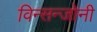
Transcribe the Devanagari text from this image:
विन्सन्जोनी